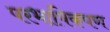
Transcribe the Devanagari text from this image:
परभाषिकपण